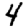
Digit: 4